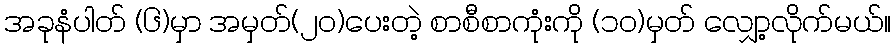
အခုနံပါတ် (၆)မှာ အမှတ်(၂၀)ပေးတဲ့ စာစီစာကုံးကို (၁၀)မှတ် လျှော့လိုက်မယ်။